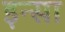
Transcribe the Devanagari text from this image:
इन्सा